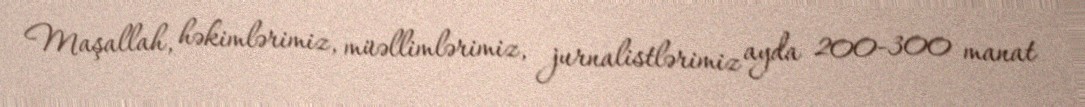
Maşallah, həkimlərimiz, müəllimlərimiz, jurnalistlərimiz ayda 200-300 manat